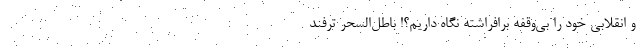
و انقلابی خود را بی‌وقفه برافراشته نگاه داریم؟! باطل‌السحر ترفند